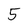
Character: 5